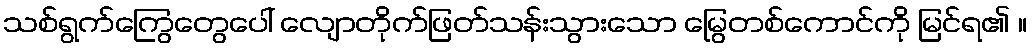
သစ်ရွက်ကြွေတွေပေါ် လျောတိုက်ဖြတ်သန်းသွားသော မြွေတစ်ကောင်ကို မြင်ရ၏ ။